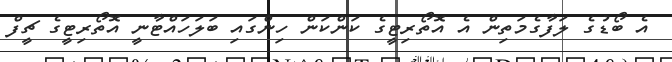
އެ ބޯޑުގެ ލަފާގެމަތިން އެ އޮތޯރިޓީގެ ކަންކަން ހިންގައި ބަލަހައްޓާނީ އޮތޯރިޓީގެ ޗީފް